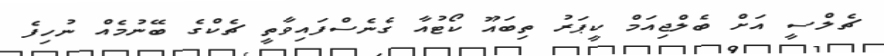
ޗެލްސީ އަށް ބެލްޖިއަމް ކީޕަރު ތިބައޫ ކޯޓުއާ ގެނެސްފައިވާތީ ޗެކްގެ ބޭނުމެއް ނުހިފެ